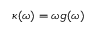
\kappa ( \omega ) = \omega g ( \omega )